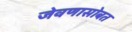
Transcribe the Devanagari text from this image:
जेवणासोबत